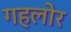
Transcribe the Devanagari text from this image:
गहलोर